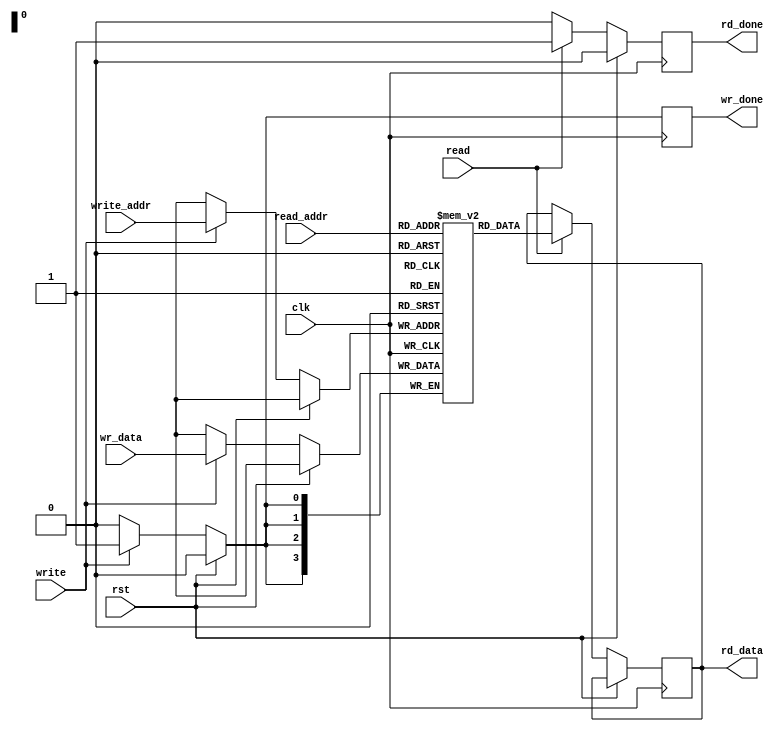
`timescale 1ns / 1ps
//////////////////////////////////////////////////////////////////////////////////
// Company: 
// Engineer: 
// 
// Design Name: 
// Module Name: SRAM_16x4
// Project Name: 
// Target Devices: 
// Tool Versions: 
// Description: 
// 
// Dependencies: 
// 
// Revision:
// Revision 0.01 - File Created
// Additional Comments:
// 
//////////////////////////////////////////////////////////////////////////////////
module SRAM_16x4(
    input clk, input rst, input read, input write, input [3:0] wr_data, input [3:0] write_addr, read_addr,
    output reg [3:0] rd_data,output reg wr_done,rd_done
    );
    parameter ADDR_WIDTH = 4 ; parameter mem_size = 15 ; parameter DATA_WIDTH = 3 ;
    // creates a array of size 16 X 4, means 16 locations each to store a 4-bit data
    reg [DATA_WIDTH:0] temp_mem[0:mem_size];
    always @(posedge clk)
    begin
        if(rst)
            begin
            wr_done<=0;
            rd_done<=0;
            end
        else
        begin
            if(write)
                begin
                temp_mem[write_addr] <= wr_data;
                wr_done <=1;
            end
            else
                begin
                wr_done<=0;
            end
        if(read)
            begin
            rd_data <= temp_mem[read_addr];
            rd_done <= 1;
        end
        else
            rd_done<=0;
        end
    end
endmodule